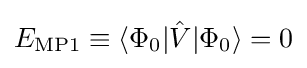
E_{\text{MP1}}\equiv \langle \Phi _{0}|{\hat {V}}|\Phi _{0}\rangle =0